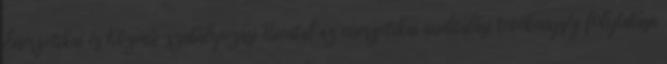
Ener­ge­ti­kai és Köz­mű-sza­bá­lyo­zá­si Hi­va­tal az ener­ge­ti­kai au­di­tá­lá­si te­vé­keny­ség foly­ta­tá­sa